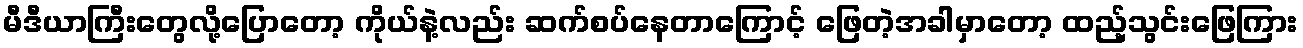
မီဒီယာကြီးတွေလို့ပြောတော့ ကိုယ်နဲ့လည်း ဆက်စပ်နေတာကြောင့် ဖြေတဲ့အခါမှာတော့ ထည့်သွင်းဖြေကြား